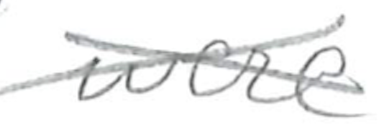
Text: were
Cross-out: cross
Writing tool: pencil